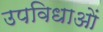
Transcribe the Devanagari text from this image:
उपविधाओं